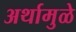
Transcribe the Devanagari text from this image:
अर्थामुळे